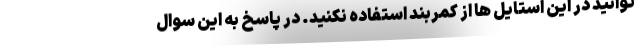
توانید در این استایل ها از کمربند استفاده نکنید. در پاسخ به این سوال